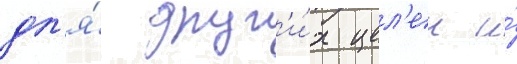
дл'я́ друг'и́х цел'еи и́